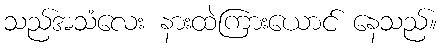
သည်အသံလေး နားထဲကြားယောင် နေသည်။